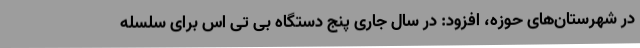
در شهرستان‌های حوزه، افزود: در سال جاری پنج دستگاه بی تی اس برای سلسله